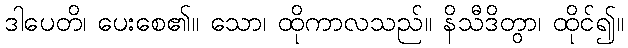
ဒါပေတိ၊ ပေးစေ၏။ သော၊ ထိုကာလသည်။ နိသီဒိတွာ၊ ထိုင်၍။